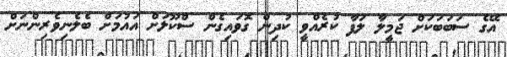
އޭގެ ސަބަބަކަށް ޖަމީލާ ލަފާ ކުރެއްވީ ކުދިން ގޮވައިގެން ސްކޫލަށް އައުމަށް ބެލެނިވެރިންނަށް